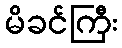
မိခင်ကြီး